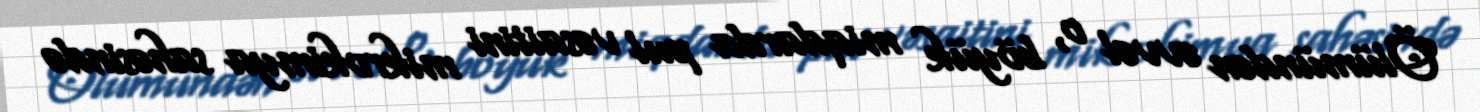
Ölümündən əvvəl o, böyük miqdarda pul vəsaitini mikrokimya sahəsində